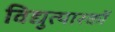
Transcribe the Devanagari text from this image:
विद्युत्पारकों